Civil Veterinary Department Bihar & Orissa reports 1911-21 - 1911-1921
Year: 1911
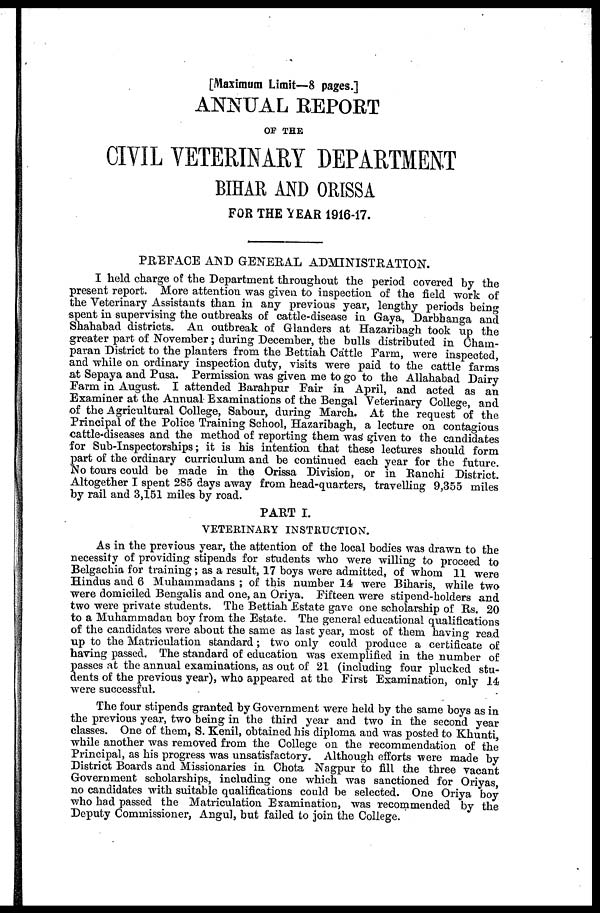
[Maximum Limit—8 pages.]
ANNUAL REPORT
OF THE
CIVIL VETERINARY DEPARTMENT
BIHAR AND ORISSA
FOR THE YEAR 1916-17.
PREFACE AND GENERAL ADMINISTRATION.
I held charge of the Department throughout the period covered by the
present report. More attention was given to inspection of the field work of
the Veterinary Assistants than in any previous year, lengthy periods being
spent in supervising the outbreaks of cattle-disease in Gaya, Darbhanga and
Shahabad districts. An outbreak of Glanders at Hazaribagh took up the
greater part of November; during December, the bulls distributed in Chain-
paran District to the planters from the Bettiah Cattle Farm, were inspected,
and while on ordinary inspection duty, visits were paid to the cattle farms
at Sepaya and Pusa. Permission was given me to go to the Allahabad Dairy
Farm in August. I attended Barahpur Fair in April, and acted as an
Examiner at the Annual Examinations of the Bengal Veterinary College, and
of the Agricultural College, Sabour, during March. At the request of the
Principal of the Police Training School, Hazaribagh, a lecture on contagious
cattle-diseases and the method of reporting them was given to the candidates
for Sub-Inspectorships; it is his intention that these lectures should form
part of the ordinary curriculum and be continued each year for the future.
No tours could be made in the Orissa Division, or in Ranchi District.
Altogether I spent 285 days away from head-quarters, travelling 9,355 miles
by rail and 3,151 miles by road.
PART I.
VETERINARY INSTRUCTION.
As in the previous year, the attention of the local bodies was drawn to the
necessity of providing stipends for students who were willing to proceed to
Belgachia for training ; as a result, 17 boys were admitted , of whom 11 were
Hindus and 6 Muhammadans ; of this number 14 were Biharis, while two
were domiciled Bengalis and one, an Oriya. Fifteen were stipend-holders and
two were private students. The Bettiah Estate gave one scholarship of Rs. 20
to a Muhammad an boy from the Estate. The general educational qualifications
of the candidates were about the same as last year, most of them having read
up to the Matriculation standard ; two only could produce a certificate of
having passed. The standard of education was exemplified in the number of
passes at the annual examinations, as out of 21 (including four plucked stu-
dents of the previous year), who appeared at the First Examination, only 14
were successful.
The four stipends granted by Government were held by the same boys as in
the previous year, two being in the third year and two in the second year
classes. One of them, S. Kenil, obtained his diploma and was posted to Khunti,
while another was removed from the College on the recommendation of the
Principal, as his progress was unsatisfactory. Although efforts were made by
District Boards and Missionaries in Chota Nagpur to fill the three vacant
Government scholarships, including one which was sanctioned for Oriyas,
no candidates with suitable qualifications could be selected. One Oriya boy
who had passed the Matriculation Examination, was recommended by the
Deputy Commissioner, Angul, but failed to join the College.